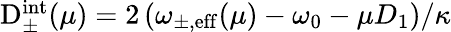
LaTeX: \begin{array}{r}{\mathrm{D}_{\pm}^{\mathrm{int}}(\mu)=2\left(\omega_{\mathrm{\pm,eff}}(\mu)-\omega_{0}-\mu D_{1}\right)/\kappa}\end{array}